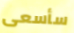
سأسعى